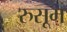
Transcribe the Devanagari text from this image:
रुसूम